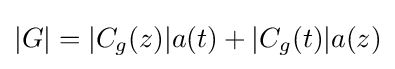
|G|=|C_{g}(z)|a(t)+|C_{g}(t)|a(z)